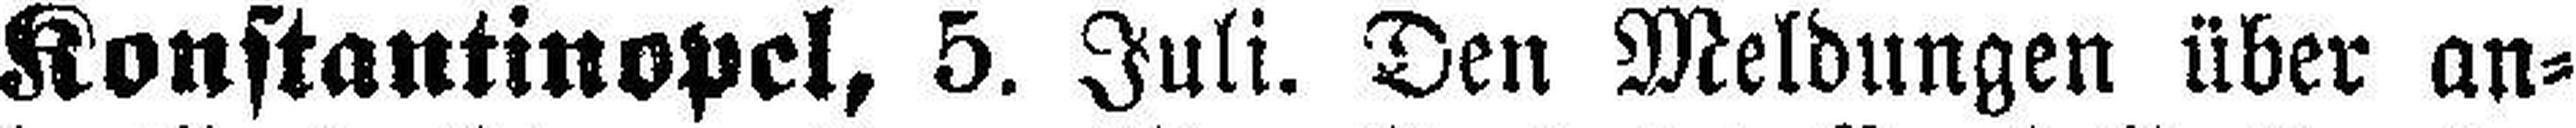
Konstantinopel, 5. Juli. Den Meldungen über an¬